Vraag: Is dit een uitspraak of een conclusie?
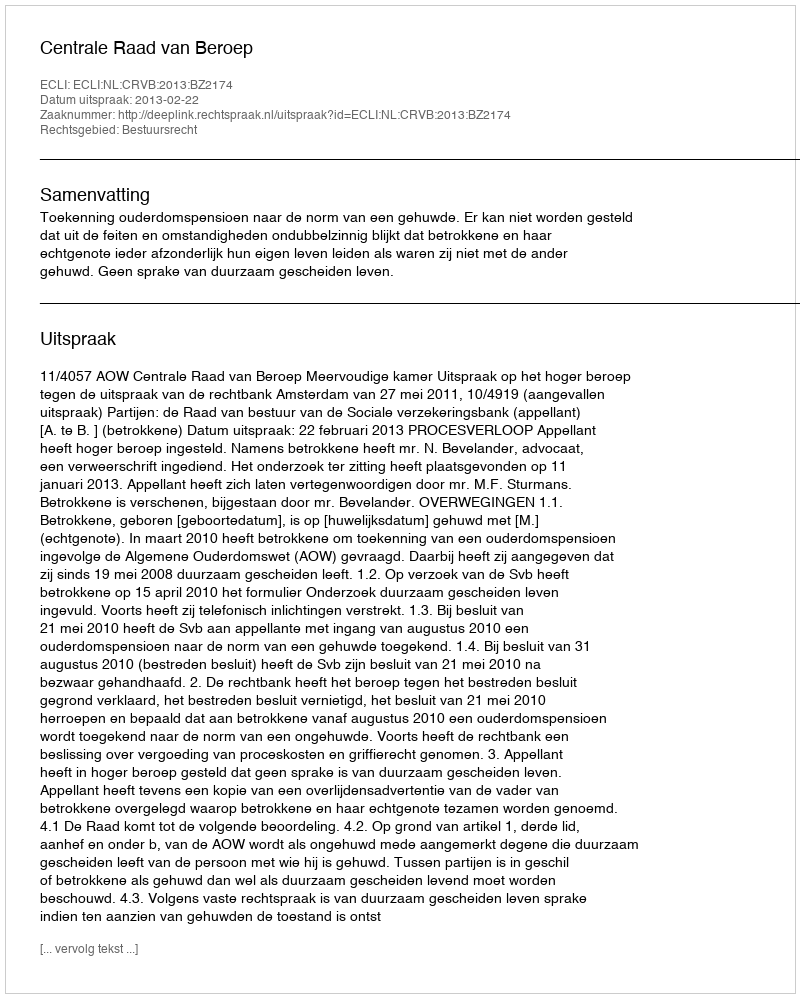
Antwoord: Uitspraak